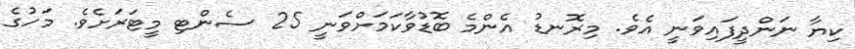
ކިޔާ ނަންދީފައިވަނީ އެވެ. މިރޮނޑު އެންމެ ބޮޑުވާކަމަށްވަނީ 25 ސެންޓި މީޓަރަށެވެ. މަހުގެ